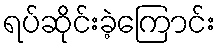
ရပ်ဆိုင်းခဲ့ကြောင်း